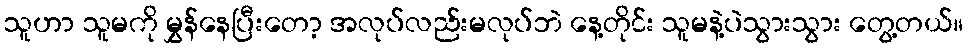
သူဟာ သူမကို မွှန်နေပြီးတော့ အလုပ်လည်းမလုပ်ဘဲ နေ့တိုင်း သူမနဲ့ပဲသွားသွား တွေ့တယ်။